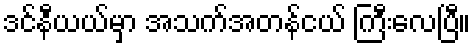
ဒင်နီယယ်မှာ အသက်အတန်ငယ် ကြီးလေပြီ။